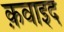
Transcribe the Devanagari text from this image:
क़वाइद